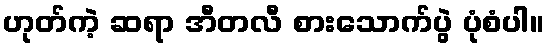
ဟုတ်ကဲ့ ဆရာ အီတလီ စားသောက်ပွဲ ပုံစံပါ။